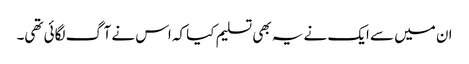
ان میں سے ایک نے یہ بھی تسلیم کیا کہ اس نے آگ لگائی تھی۔